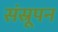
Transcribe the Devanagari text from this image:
संस्रूपन